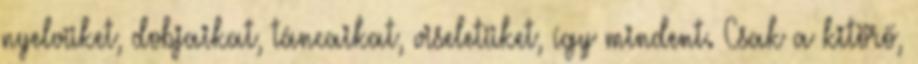
nyelvüket, dobjaikat, táncaikat, viseletüket, így mindent. Csak a kitörő,